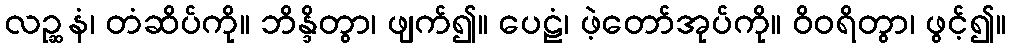
လဉ္ဆနံ၊ တံဆိပ်ကို။ ဘိန္ဒိတွာ၊ ဖျက်၍။ ပေဠံ၊ ဖဲ့တော်အုပ်ကို။ ဝိဝရိတွာ၊ ဖွင့်၍။